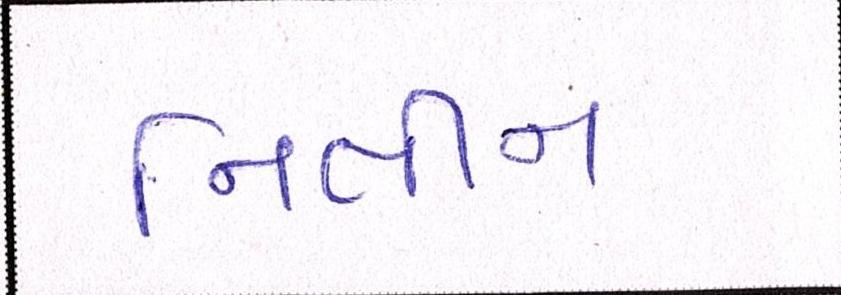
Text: નિતીન